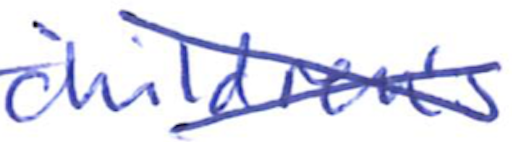
Text: children's
Cross-out: cross
Writing tool: ballpoint